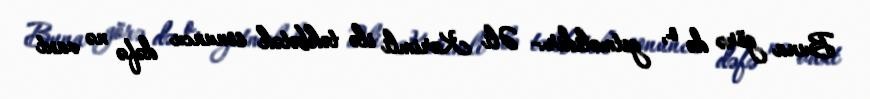
Buna görə də o, getməlidir.- Əli Kərimli ilə təkbətək sonuncu dəfə nə vaxt